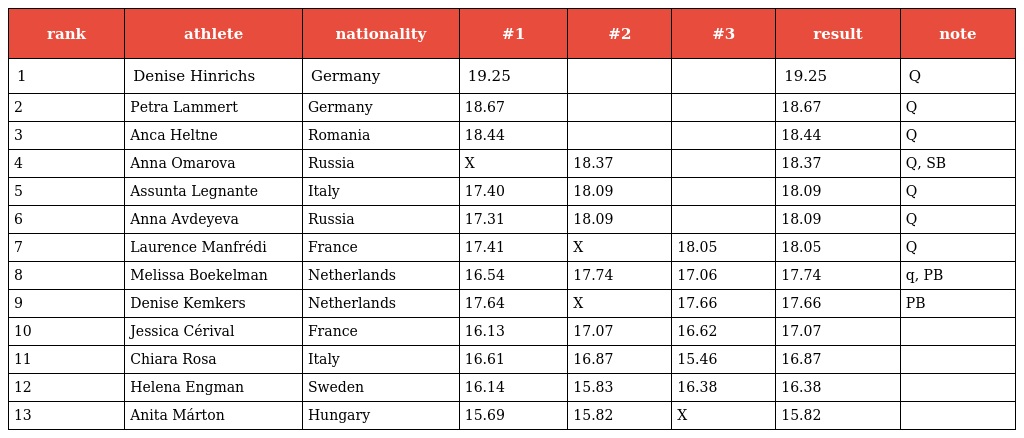
| rank | athlete | nationality | #1 | #2 | #3 | result | note |
 | --- | --- | --- | --- | --- | --- | --- | --- |
 | 1 | Denise Hinrichs | Germany | 19.25 |  |  | 19.25 | Q |
 | 2 | Petra Lammert | Germany | 18.67 |  |  | 18.67 | Q |
 | 3 | Anca Heltne | Romania | 18.44 |  |  | 18.44 | Q |
 | 4 | Anna Omarova | Russia | X | 18.37 |  | 18.37 | Q, SB |
 | 5 | Assunta Legnante | Italy | 17.40 | 18.09 |  | 18.09 | Q |
 | 6 | Anna Avdeyeva | Russia | 17.31 | 18.09 |  | 18.09 | Q |
 | 7 | Laurence Manfrédi | France | 17.41 | X | 18.05 | 18.05 | Q |
 | 8 | Melissa Boekelman | Netherlands | 16.54 | 17.74 | 17.06 | 17.74 | q, PB |
 | 9 | Denise Kemkers | Netherlands | 17.64 | X | 17.66 | 17.66 | PB |
 | 10 | Jessica Cérival | France | 16.13 | 17.07 | 16.62 | 17.07 |  |
 | 11 | Chiara Rosa | Italy | 16.61 | 16.87 | 15.46 | 16.87 |  |
 | 12 | Helena Engman | Sweden | 16.14 | 15.83 | 16.38 | 16.38 |  |
 | 13 | Anita Márton | Hungary | 15.69 | 15.82 | X | 15.82 |  |